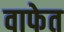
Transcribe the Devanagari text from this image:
वाफेत